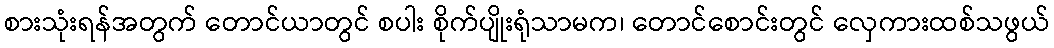
စားသုံးရန်အတွက် တောင်ယာတွင် စပါး စိုက်ပျိုးရုံသာမက၊ တောင်စောင်းတွင် လှေကားထစ်သဖွယ်